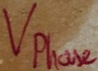
Text: Vphase